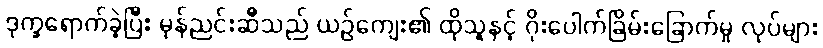
ဒုက္ခရောက်ခဲ့ပြီး မုန်ညင်းဆီသည် ယဉ်ကျေး၏ ထိုသူနှင့် ဂိုးပေါက်ခြိမ်းခြောက်မှု လုပ်များ